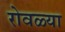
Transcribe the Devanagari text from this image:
रोवळ्या